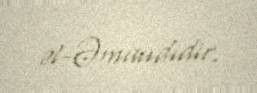
əl-Əmaudidir.